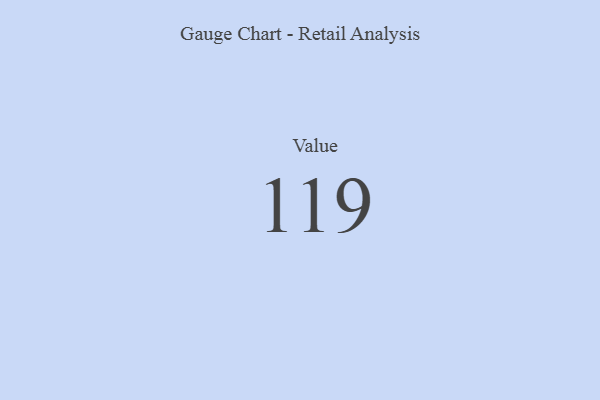
{"axis": {"x": "Metric", "y": "Value"}, "legend": [""], "data": [{"x": "Value", "y": 119, "type": ""}]}